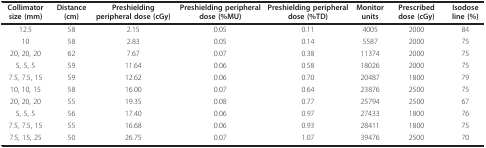
| Collimator size (mm) | Distance (cm) | Preshielding peripheral dose (cGy) | Preshielding peripheral dose (%MU) | Preshielding peripheral dose (%TD) | Monitor units | Prescribed dose (cGy) | Isodose line (%) |
 | --- | --- | --- | --- | --- | --- | --- | --- |
 | 12.5 | 58 | 2.15 | 0.05 | 0.11 | 4005 | 2000 | 84 |
 | 10 | 58 | 2.83 | 0.05 | 0.14 | 5587 | 2000 | 75 |
 | 20, 20, 20 | 62 | 7.67 | 0.07 | 0.38 | 11374 | 2000 | 75 |
 | 5, 5, 5 | 59 | 11.64 | 0.06 | 0.58 | 18026 | 2000 | 75 |
 | 7.5, 7.5, 15 | 59 | 12.62 | 0.06 | 0.70 | 20487 | 1800 | 79 |
 | 10, 10, 15 | 58 | 16.00 | 0.07 | 0.64 | 23876 | 2500 | 75 |
 | 20, 20, 20 | 55 | 19.35 | 0.08 | 0.77 | 25794 | 2500 | 67 |
 | 5, 5, 5 | 56 | 17.40 | 0.06 | 0.97 | 27433 | 1800 | 76 |
 | 7.5, 7.5, 15 | 55 | 16.68 | 0.06 | 0.93 | 28411 | 1800 | 75 |
 | 7.5, 15, 25 | 50 | 26.75 | 0.07 | 1.07 | 39476 | 2500 | 70 |